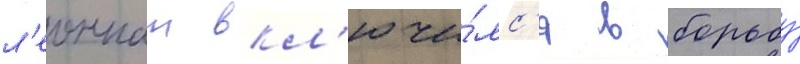
л'еоннат вкл'ючи́лс'я в борьбу́